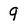
Character: 9